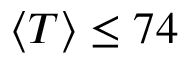
\langle T \rangle \leq 7 4 \